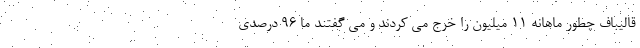
قالیباف چطور ماهانه ۱۱ میلیون را خرج می کردند و می گفتند ما ۹۶ درصدی